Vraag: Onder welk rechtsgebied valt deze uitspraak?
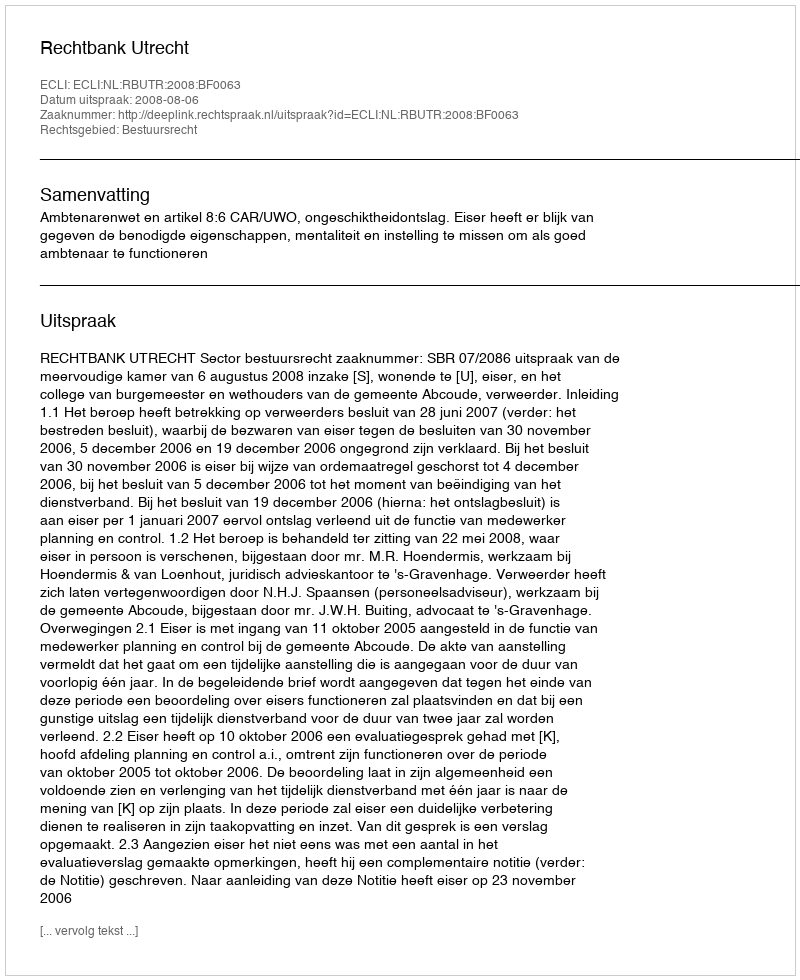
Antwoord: Bestuursrecht